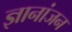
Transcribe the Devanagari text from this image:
ज्ञानांजन